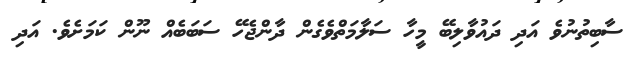
ސާބިތުނުވެ އަދި ދައުވާލިބޭ މީހާ ސަލާމަތްވެގެން ދާންޖެހޭ ސަބަބެއް ނޫން ކަމަށެވެ. އަދި